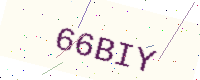
Text: 66BIY